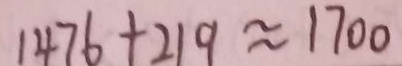
1 4 7 6 + 2 1 9 \approx 1 7 0 0